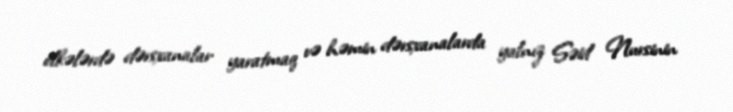
ölkələrdə dərsxanalar yaratmaq və həmin dərsxanalarda yalnız Səid Nursinin